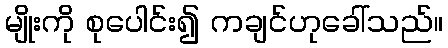
မျိုးကို စုပေါင်း၍ ကချင်ဟုခေါ်သည်။